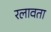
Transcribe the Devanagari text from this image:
रलावता